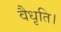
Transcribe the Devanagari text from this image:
वैधृति।